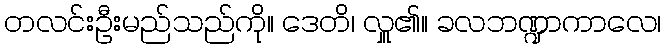
တလင်းဦးမည်သည်ကို။ ဒေတိ၊ လှူ၏။ ခလဘဏ္ဍာကာလေ၊